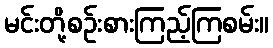
မင်းတို့စဉ်းစားကြည့်ကြစမ်း။